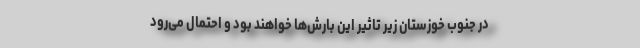
در جنوب خوزستان زیر تاثیر این بارش‌ها خواهند بود و احتمال می‌رود